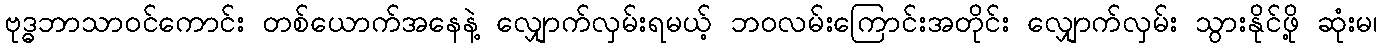
ဗုဒ္ဓဘာသာဝင်ကောင်း တစ်ယောက်အနေနဲ့ လျှောက်လှမ်းရမယ့် ဘဝလမ်းကြောင်းအတိုင်း လျှောက်လှမ်း သွားနိုင်ဖို့ ဆုံးမ၊